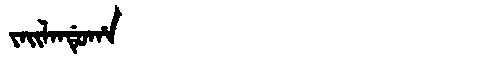
Manchu: ᠵᠠᡳᠯᠠᠨᡩᡠᡥᠠ
Romanization: JAILANDUHA